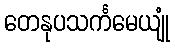
တေနုပသင်္ကမေယျုံ